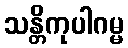
သန္တိကုပါဂမ္မ